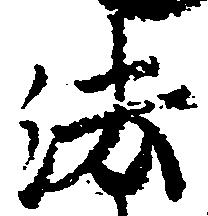
法